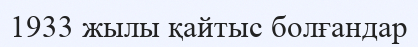
1933 жылы қайтыс болғандар